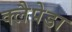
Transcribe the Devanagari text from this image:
क्लैपेडा